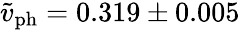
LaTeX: \tilde{v}_{\mathrm{ph}}=0.319\pm 0.005